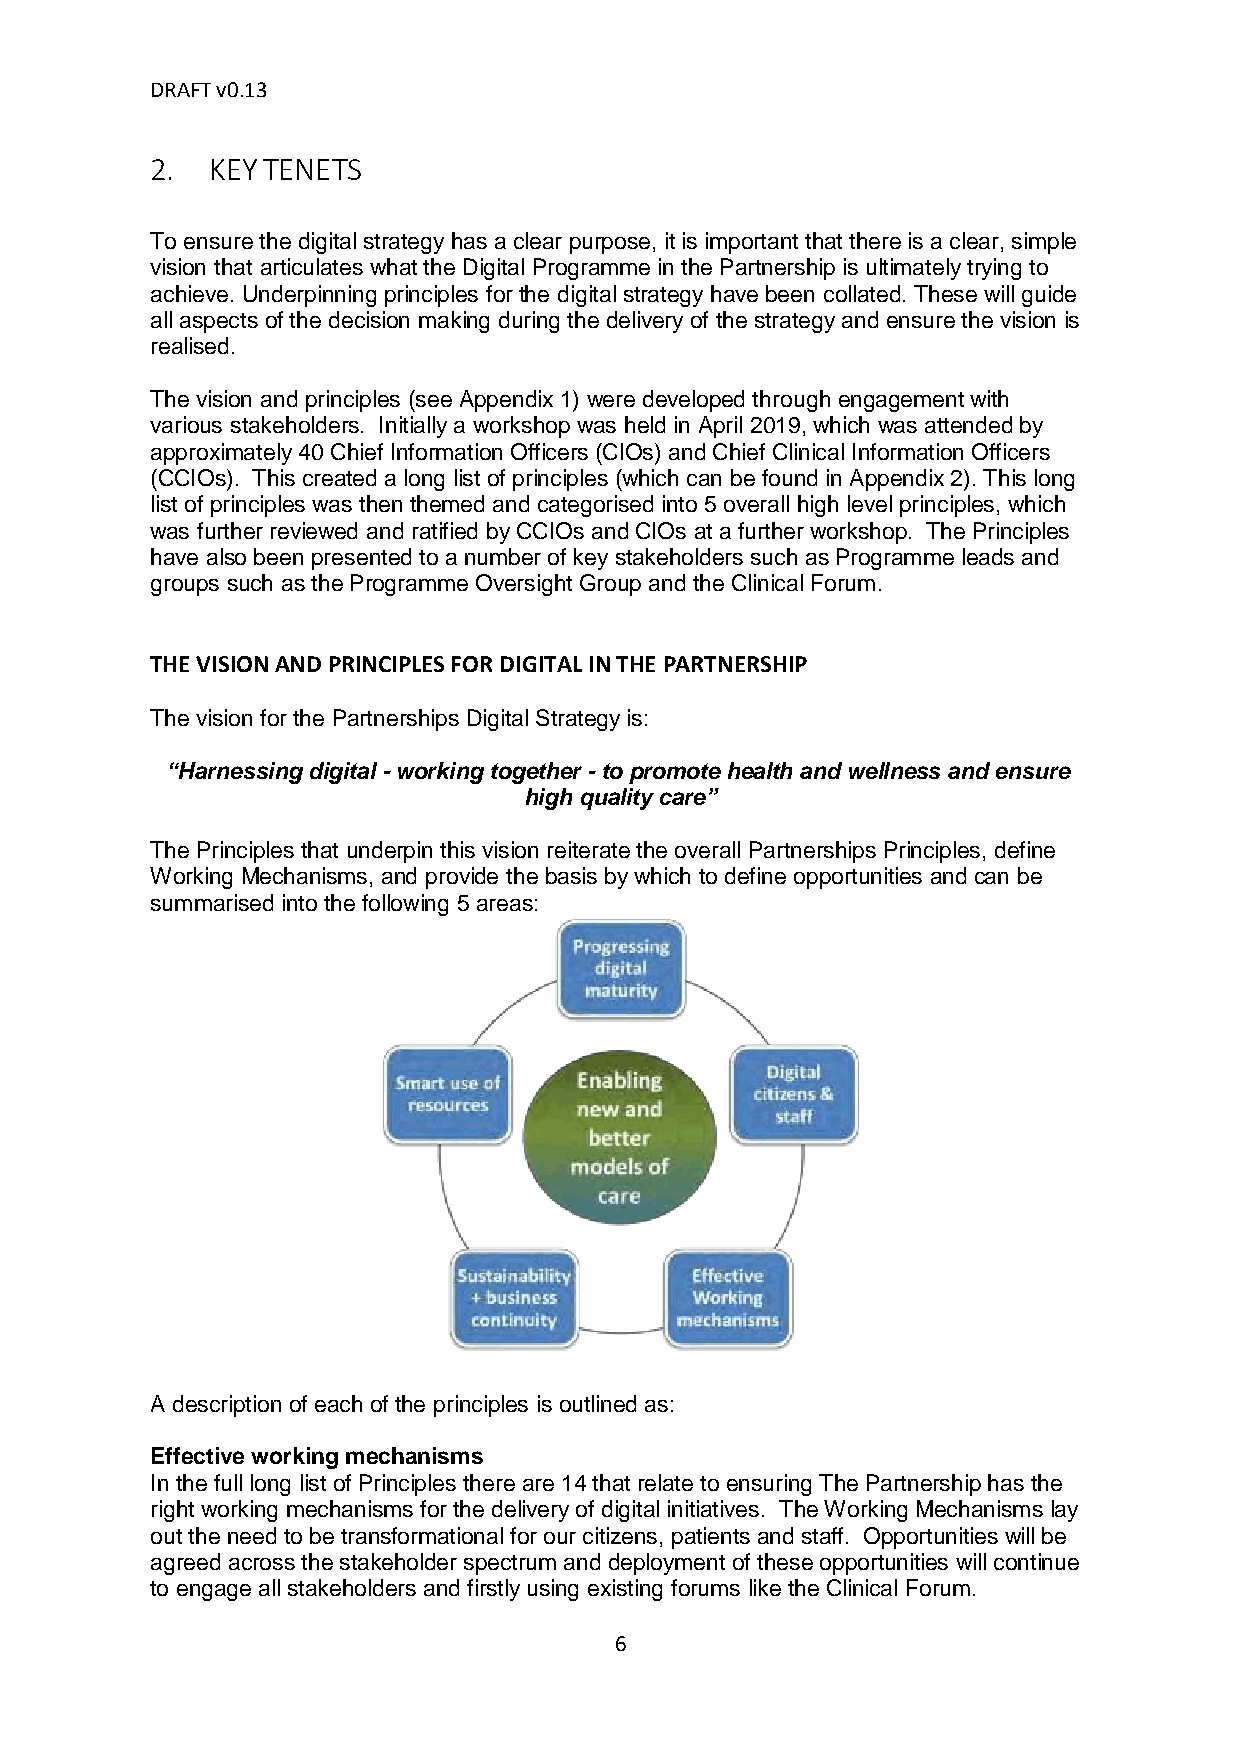
DRAFT v0.13
 2.  KEY TENETS
 To ensure the digital strategy has a clear purpose, it is important that there is a clear, simple
 vision that articulates what the Digital Programme in the Partnership is ultimately trying to
 achieve. Underpinning principles for the digital strategy have been collated. These will guide
 all aspects of the decision making during the delivery of the strategy and ensure the vision is
 realised.
 The vision and principles (see Appendix 1) were developed through engagement with
 various stakeholders. Initially a workshop was held in April 2019, which was attended by
 approximately 40 Chief Information Officers (CIOs) and Chief Clinical Information Officers
 (CCIOs). This created a long list of principles (which can be found in Appendix 2). This long
 list of principles was then themed and categorised into 5 overall high level principles, which
 was further reviewed and ratified by CCIOs and CIOs at a further workshop. The Principles
 have also been presented to a number of key stakeholders such as Programme leads and
 groups such as the Programme Oversight Group and the Clinical Forum.
 THE VISION AND PRINCIPLES FOR DIGITAL IN THE PARTNERSHIP
 The vision for the Partnerships Digital Strategy is:
 “Harnessing digital - working together - to promote health and wellness and ensure
 high quality care”
 The Principles that underpin this vision reiterate the overall Partnerships Principles, define
 Working Mechanisms, and provide the basis by which to define opportunities and can be
 summarised into the following 5 areas:
 A description of each of the principles is outlined as:
 Effective working mechanisms
 In the full long list of Principles there are 14 that relate to ensuring The Partnership has the
 right working mechanisms for the delivery of digital initiatives. The Working Mechanisms lay
 out the need to be transformational for our citizens, patients and staff. Opportunities will be
 agreed across the stakeholder spectrum and deployment of these opportunities will continue
 to engage all stakeholders and firstly using existing forums like the Clinical Forum.
 6